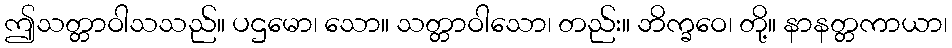
ဤသတ္တာဝါသသည်။ ပဌမော၊ သော။ သတ္တာဝါသော၊ တည်း။ ဘိက္ခဝေ၊ တို့။ နာနတ္တကာယာ၊